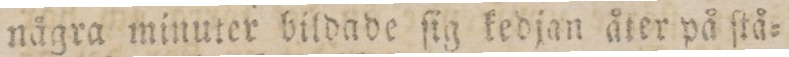
nägra minuter bildade ſig kedjan åter på ſtå=